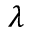
\lambda